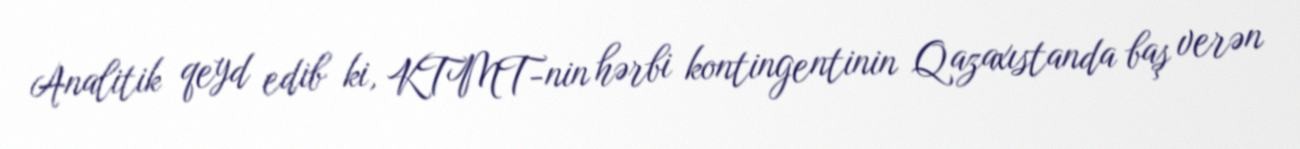
Analitik qeyd edib ki, KTMT-nin hərbi kontingentinin Qazaxıstanda baş verən